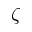
\zeta